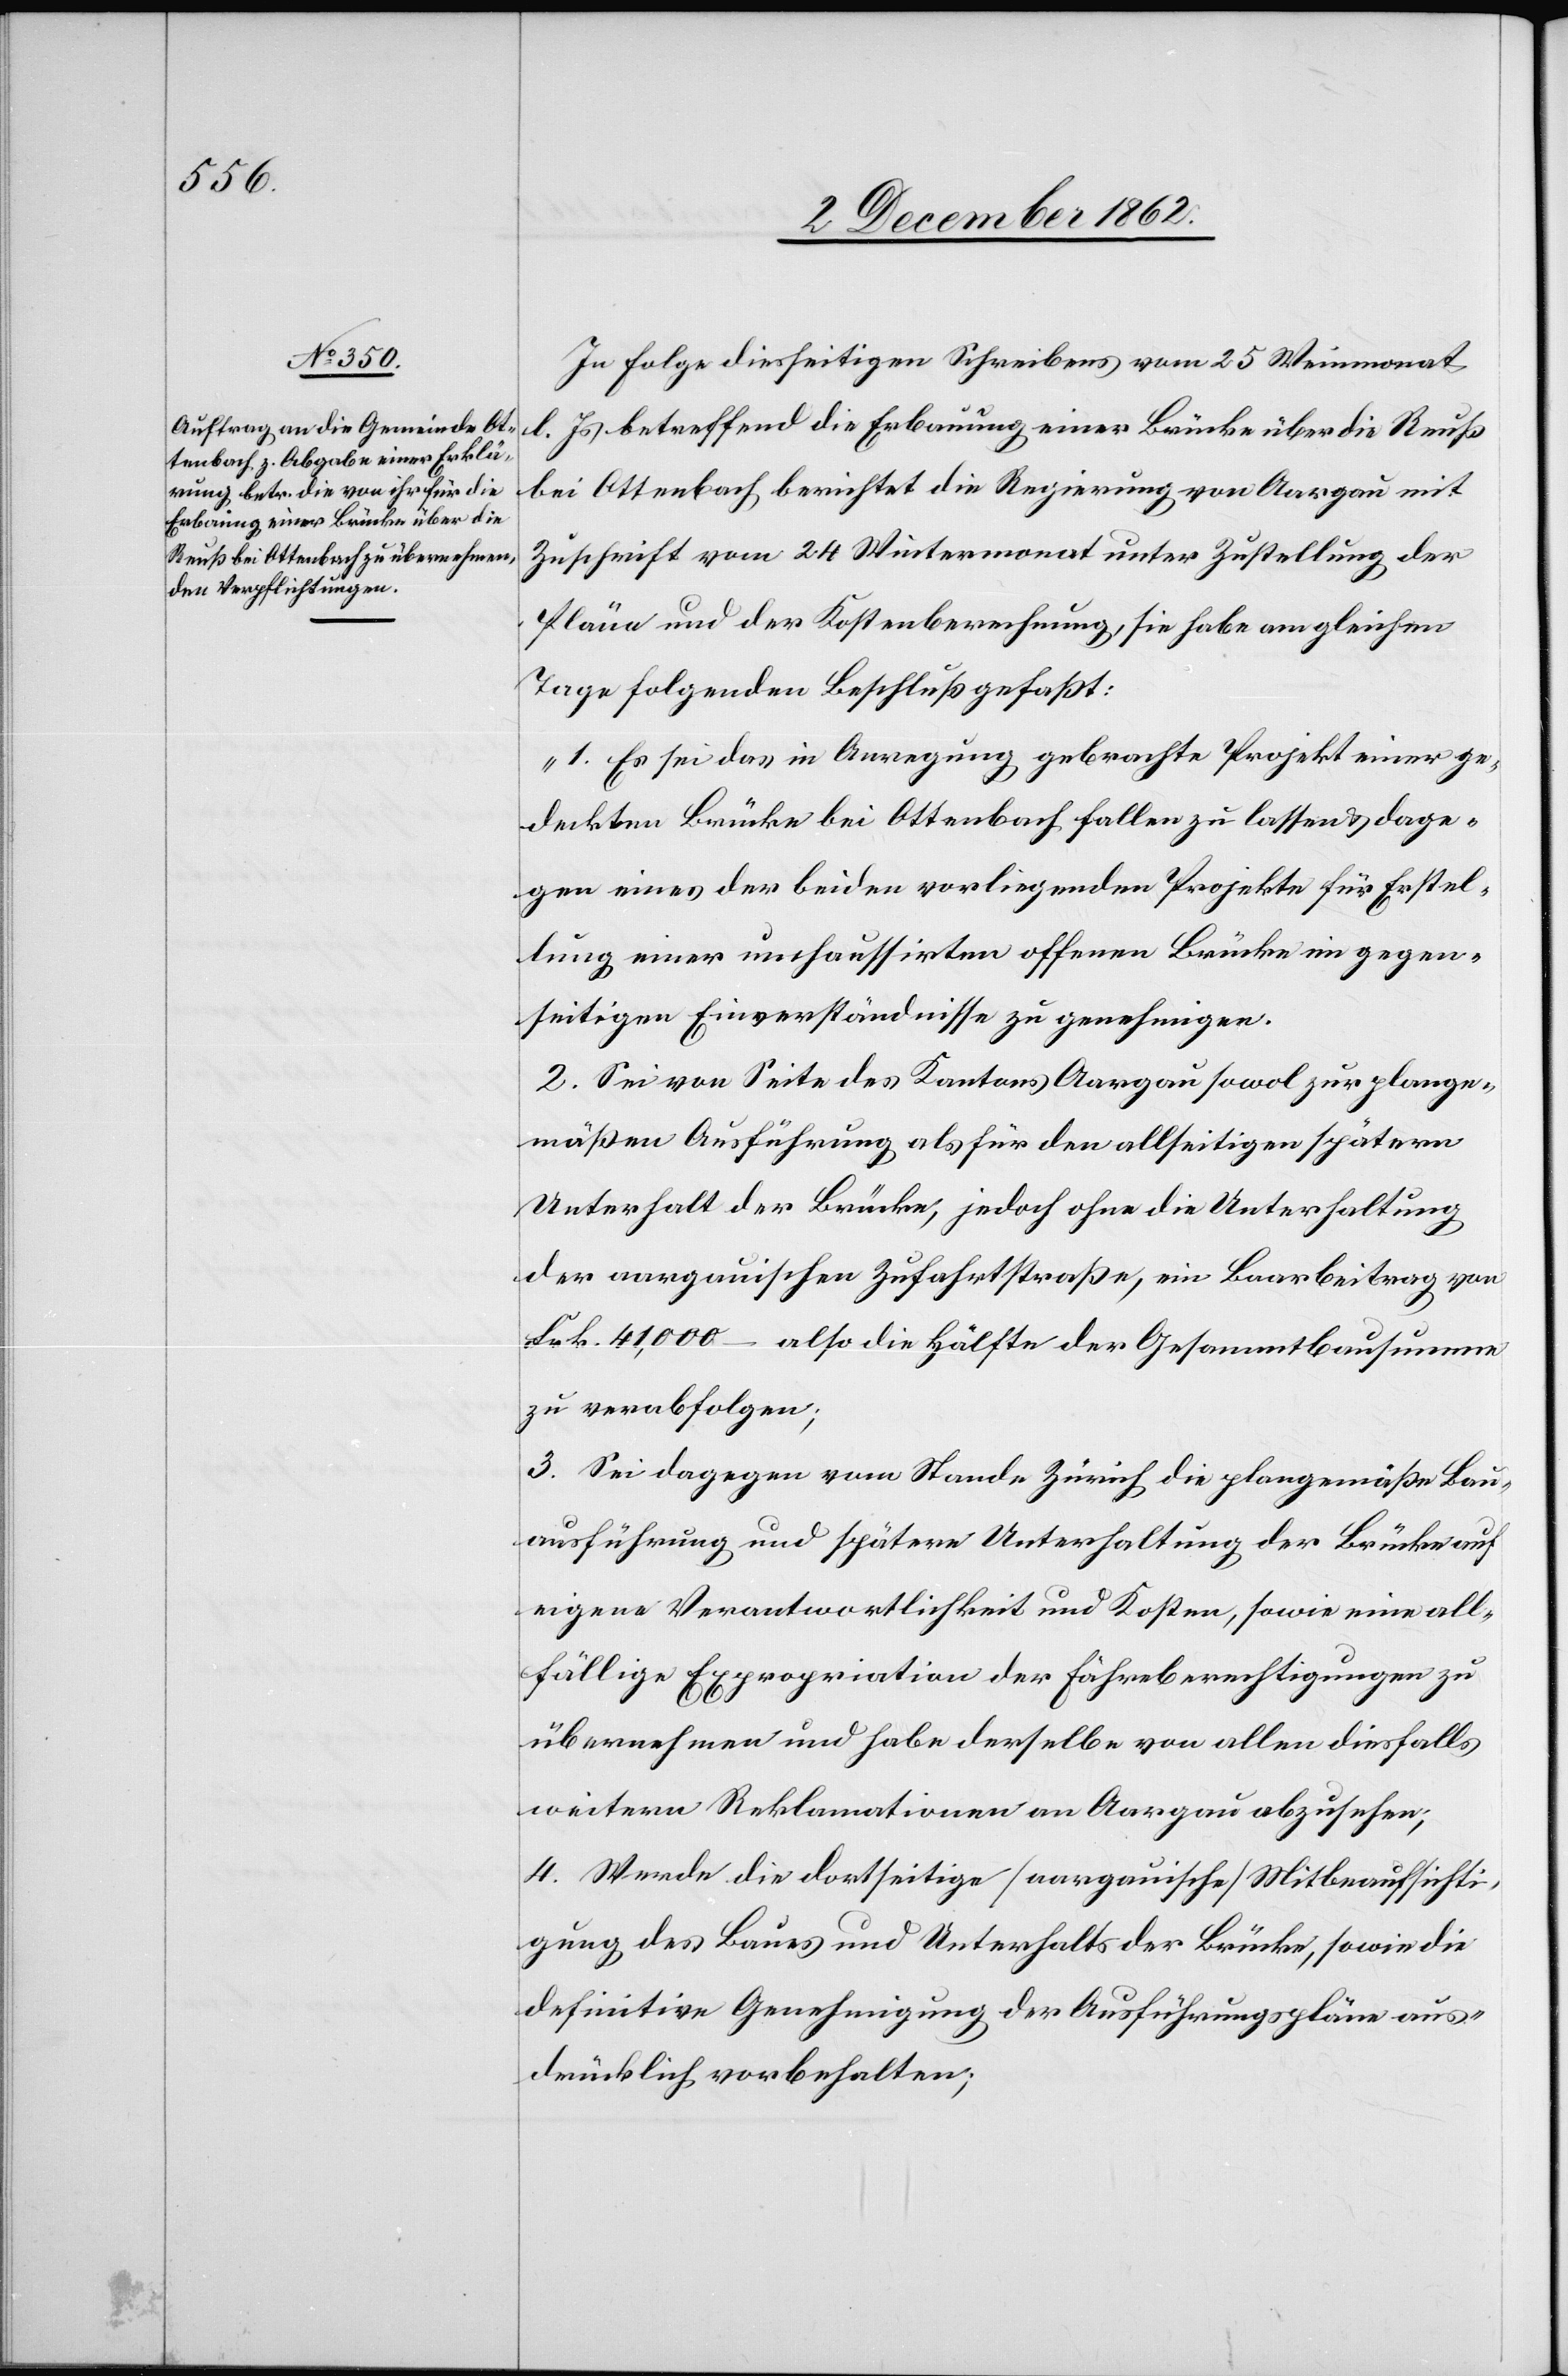
In Folge diesseitigen Schreibens vom 25. Weinmonat
l. Js. betreffend die Erbauung einer Brücke über die Reuß
bei Ottenbach berichtet die Regierung von Aargau mit
Zuschrift vom 24. Wintermonat unter Zustellung der
Pläne und der Kostenberechnung, sie habe am gleichen
Tage folgenden Beschluß gefaßt:
„1. Es sei das in Anregung gebrachte Projekt einer ge¬
deckten Brücke bei Ottenbach fallen zu lassen u. dage¬
gen eines der beiden vorliegenden Projekte für Erstel¬
lung einer unchaussirten offenen Brücke im gegen¬
seitigen Einverständnisse zu genehmigen.
2. Sei von Seite des Kantons Aargau sowol zur plange¬
mäßen Ausführung als für den allseitigen späteren
Unterhalt der Brücke, jedoch ohne die Unterhaltung
der aargauischen Zufahrtstraße, ein Baarbeitrag von
Frk. 41,000 – also die Hälfte der Gesammtbausumme
zu verabfolgen;
3. Sei dagegen vom Stande Zürich die plangemäße Bau¬
ausführung und spätere Unterhaltung der Brücke auf
eigene Verantwortlichkeit und Kosten, sowie eine all¬
fällige Expropriation der Fährberechtigungen zu
übernehmen und habe derselbe von allen diesfalls
weitern Reklamationen an Aargau abzusehen;
4. Werde die dortseitige (aargauische) Mitbeaufsichti¬
gung des Baues und Unterhalts der Brücke, sowie die
definitive Genehmigung der Ausführungspläne aus¬
drücklich vorbehalten;